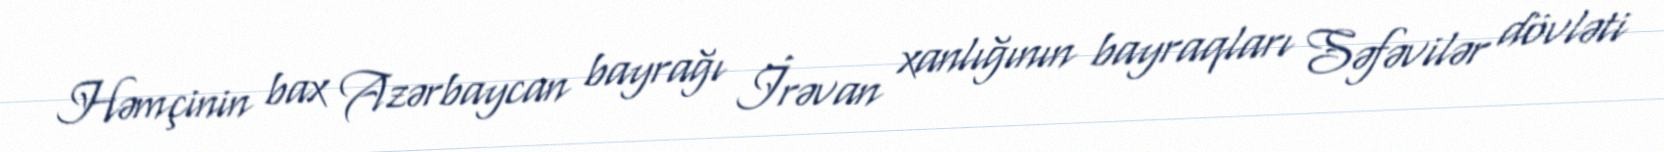
Həmçinin bax Azərbaycan bayrağı İrəvan xanlığının bayraqları Səfəvilər dövləti